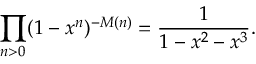
\prod _ { n > 0 } ( 1 - x ^ { n } ) ^ { - M ( n ) } = { \frac { 1 } { 1 - x ^ { 2 } - x ^ { 3 } } } .